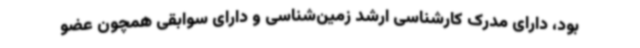
بود، دارای مدرک کارشناسی ارشد زمین‌شناسی و دارای سوابقی همچون عضو